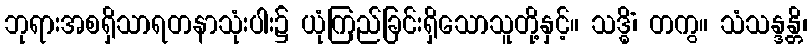
ဘုရားအစရှိသာရတနာသုံးပါး၌ ယုံကြည်ခြင်းရှိသောသူတို့နှင့်။ သဒ္ဓိံ၊ တကွ။ သံသန္ဒန္တိ၊